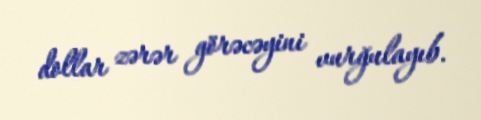
dollar zərər görəcəyini vurğulayıb.